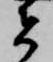
者